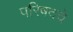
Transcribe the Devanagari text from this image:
परिषदचे